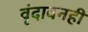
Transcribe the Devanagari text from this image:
वृंदावनही